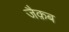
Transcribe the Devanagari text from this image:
जैक़ब